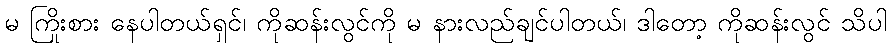
မ ကြိုးစား နေပါတယ်ရှင်၊ ကိုဆန်းလွင်ကို မ နားလည်ချင်ပါတယ်၊ ဒါတော့ ကိုဆန်းလွင် သိပါ